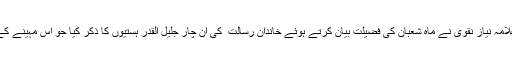
علی مسجد جامعة المنتظر ماڈل ٹائون لاہور میں نماز جمعہ کے خطبہ میں علامہ نیاز نقوی نے ماہ شعبان کی فضیلت بیان کرتے ہوئے خاندان رسالت ۖ کی ان چار جلیل القدر ہستیوں کا ذکر کیا جو اس مہینے کے ابتدائی ایام میں پیدا ہویئں اورانہوں نے تحریک کربلامیں بنیادی کردار کیا۔